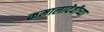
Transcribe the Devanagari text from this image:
कमालादेवीच्या